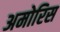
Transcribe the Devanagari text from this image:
अमोरिस